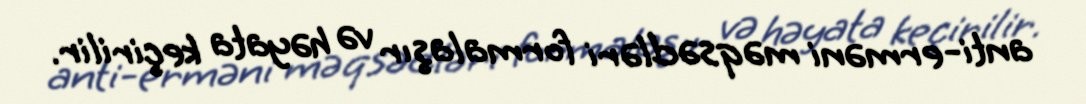
anti-erməni məqsədləri formalaşır və həyata keçirilir.